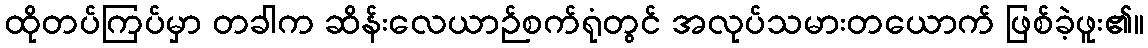
ထိုတပ်ကြပ်မှာ တခါက ဆိန်းလေယာဉ်စက်ရုံတွင် အလုပ်သမားတယောက် ဖြစ်ခဲ့ဖူး၏။